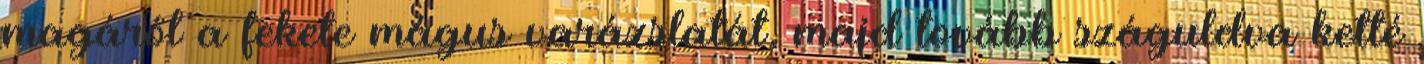
magáról a fekete mágus varázslatát, majd tovább száguldva ketté